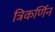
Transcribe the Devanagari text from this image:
त्रिकर्णिन